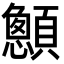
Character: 𮨞